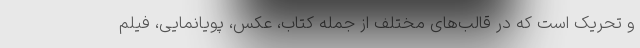
و تحریک است که در قالب‌های مختلف از جمله کتاب، عکس، پویانمایی، فیلم